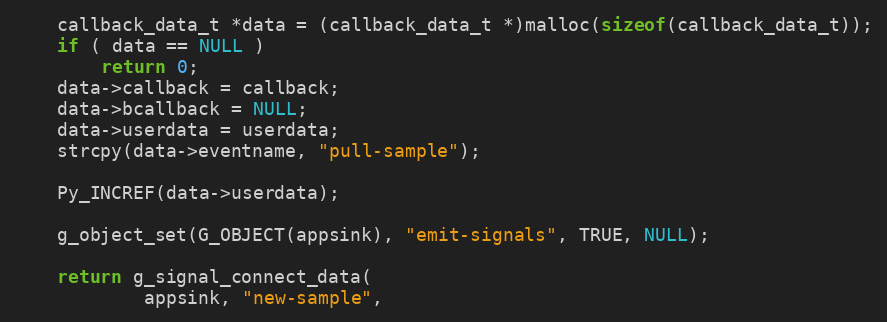
Language: C
	callback_data_t *data = (callback_data_t *)malloc(sizeof(callback_data_t));
	if ( data == NULL )
		return 0;
	data->callback = callback;
	data->bcallback = NULL;
	data->userdata = userdata;
	strcpy(data->eventname, "pull-sample");

	Py_INCREF(data->userdata);

    g_object_set(G_OBJECT(appsink), "emit-signals", TRUE, NULL);

	return g_signal_connect_data(
			appsink, "new-sample",